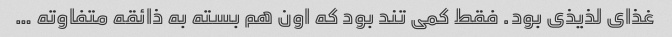
غذای لذیذی بود. فقط کمی تند بود که اون هم بسته به ذائقه متفاوته …